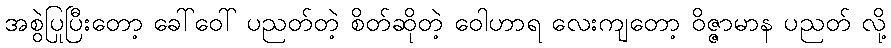
အစွဲပြုပြီးတော့ ခေါ်ဝေါ် ပညတ်တဲ့ စိတ်ဆိုတဲ့ ဝေါဟာရ လေးကျတော့ ဝိဇ္ဇာမာန ပညတ် လို့